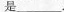
是___.